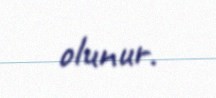
olunur.